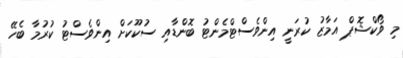
މި ވޯކްޝޮޕް އަމާޒު ކުރަނީ އިންވެސްޓްމެންޓު ބޮންޑާއި ސުކޫކަށް އިންވެސްޓު ކުރުމާ ބެހޭ